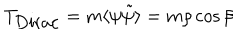
T _ { \mathrm { D i r a c } } = m \langle \psi \tilde { \psi } \rangle = m \rho \cos \beta